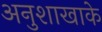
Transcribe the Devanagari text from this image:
अनुशाखाके